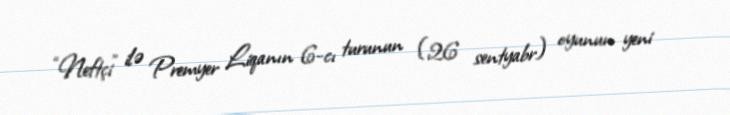
“Neftçi” ilə Premyer Liqanın 6-cı turunun (26 sentyabr) oyunun yeni